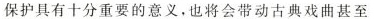
保护具有十分重要的意义。也将会带动古典戏曲甚至